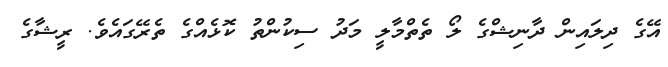
އޭގެ ދިލައިން ދާނިޝްގެ ލޯ ތެތްމާލީީ މަދު ސިކުންތު ކޮޅެއްގެ ތެރޭގައެވެ. ރީޝާގެ